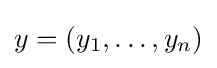
y=(y_{1},\ldots ,y_{n})